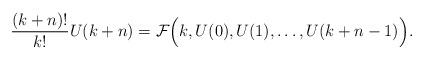
LaTeX: \begin{align*}\frac{(k+n)!}{k!} U(k+n) = \mathcal F \Bigl( k, U(0), U(1), \dots, U(k+n-1)\Bigr).\end{align*}